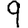
Digit: 9